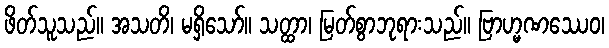
ဖိတ်သူသည်။ အသတိ၊ မရှိသော်။ သတ္ထာ၊ မြတ်စွာဘုရားသည်။ ဗြာဟ္မဏဿေဝ၊